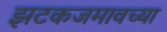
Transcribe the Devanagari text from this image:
झटकजमावच्या